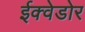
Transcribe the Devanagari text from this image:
ईक्वेडोर